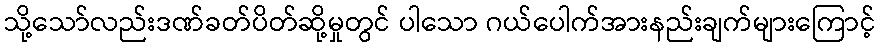
သို့သော်လည်းဒဏ်ခတ်ပိတ်ဆို့မှုတွင် ပါသော ဂယ်ပေါက်အားနည်းချက်များကြောင့်